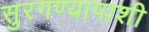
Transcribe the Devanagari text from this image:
सुरगण्यापाशी